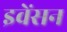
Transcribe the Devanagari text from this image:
इवेंसन